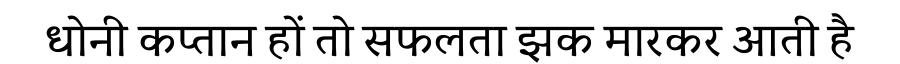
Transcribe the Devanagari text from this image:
धोनी कप्तान हों तो सफलता झक मारकर आती है